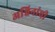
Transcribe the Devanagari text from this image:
अश्विनांची